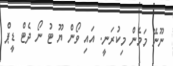
ނޫނޭ މަމެން މިކުރަނީ. އައި ވޯން ޔޫ ޓު ނޯ ދެޓް ޑީޕް